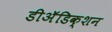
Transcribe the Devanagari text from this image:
डीअॅडिक्शन